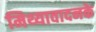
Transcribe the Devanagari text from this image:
मिथ्यावादनके